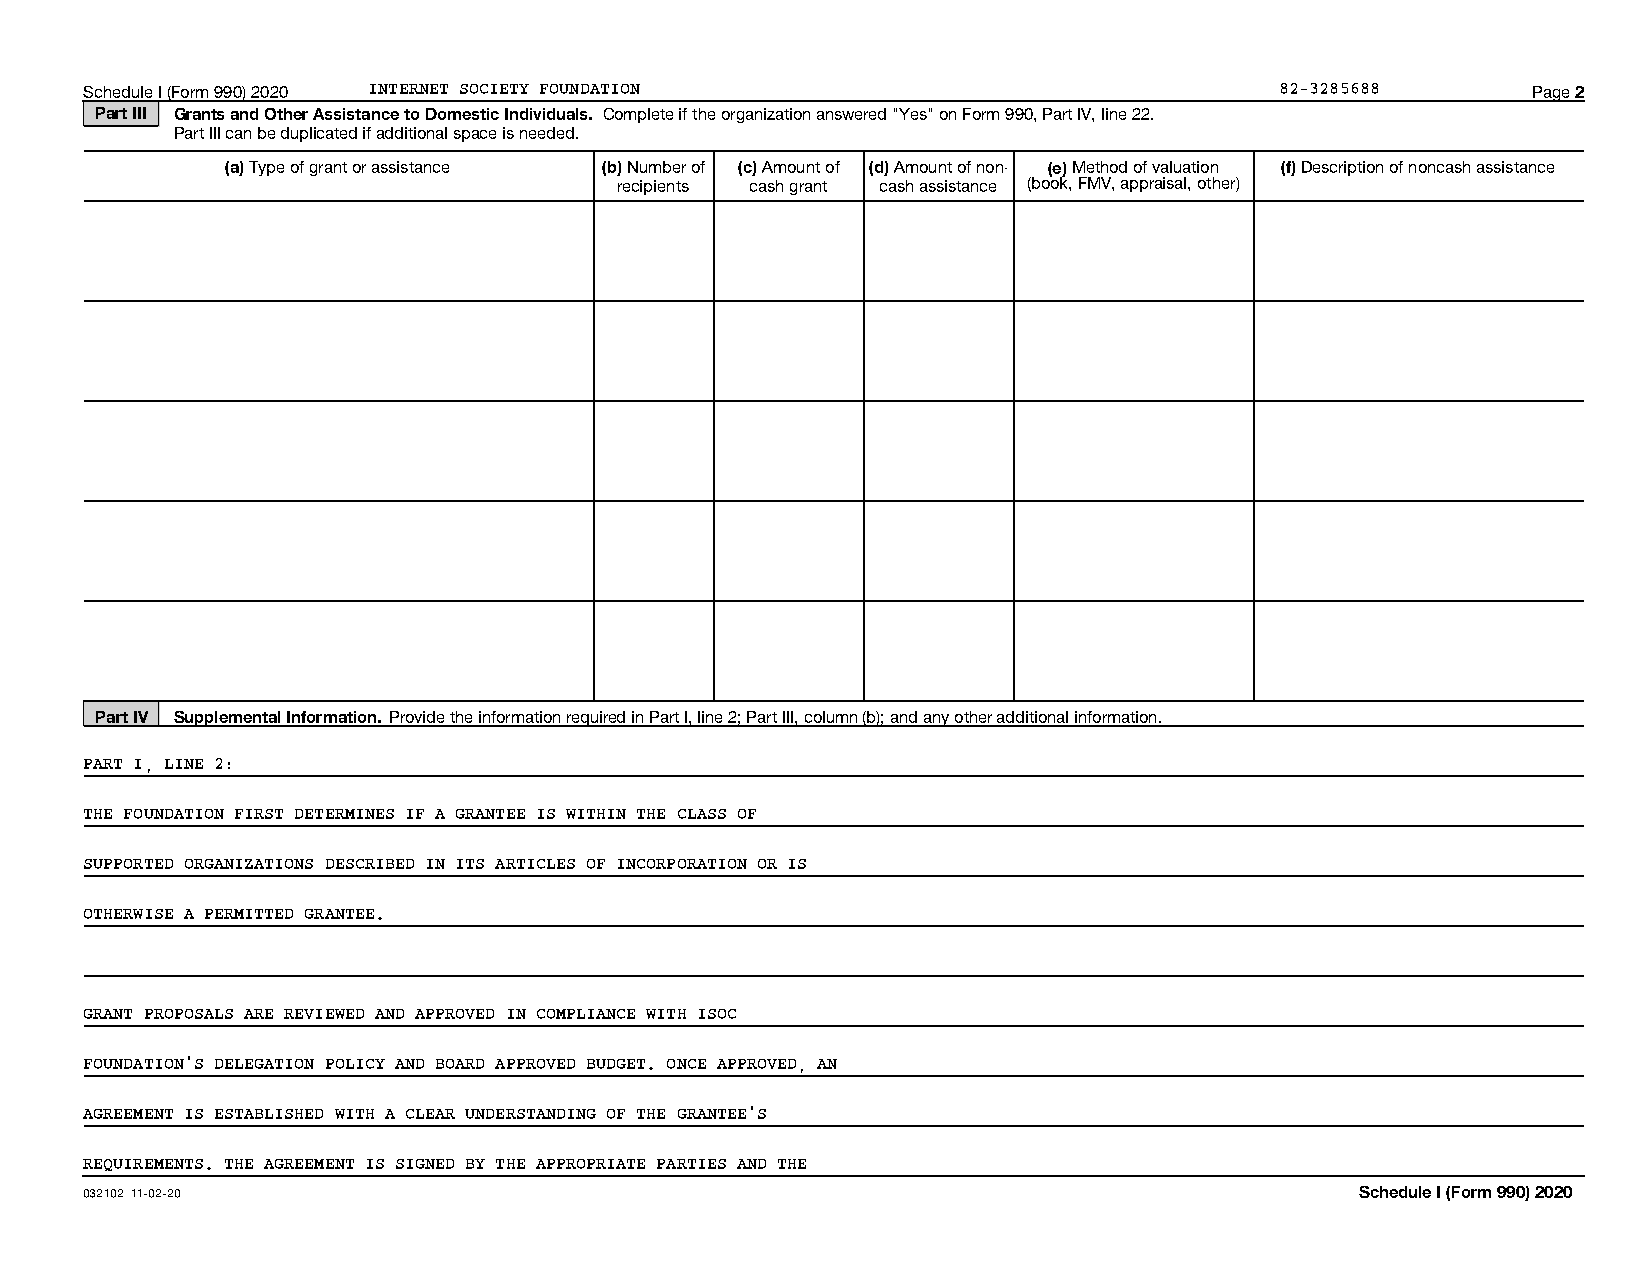
Schedule I (Form 990) 2020 INTERNET SOCIETY FOUNDATION                         82-3285688      Page 2
 Part III Grants and Other Assistance to Domestic Individuals. Complete if the organization answered "Yes" on Form 990, Part IV, line 22.
 Part III can be duplicated if additional space is needed.
 (a) Type of grant or assistance (b) Number of (c) Amount of (d) Amount of non- (e) Method of valuation (f) Description of noncash assistance
 recipients cash grant cash assistance (book, FMV, appraisal, other)
 Part IV Supplemental Information. Provide the information required in Part I, line 2; Part III, column (b); and any other additional information.
 PART I, LINE 2:
 THE FOUNDATION FIRST DETERMINES IF A GRANTEE IS WITHIN THE CLASS OF
 SUPPORTED ORGANIZATIONS DESCRIBED IN ITS ARTICLES OF INCORPORATION OR IS
 OTHERWISE A PERMITTED GRANTEE.
 GRANT PROPOSALS ARE REVIEWED AND APPROVED IN COMPLIANCE WITH ISOC
 FOUNDATION'S DELEGATION POLICY AND BOARD APPROVED BUDGET. ONCE APPROVED, AN
 AGREEMENT IS ESTABLISHED WITH A CLEAR UNDERSTANDING OF THE GRANTEE'S
 REQUIREMENTS. THE AGREEMENT IS SIGNED BY THE APPROPRIATE PARTIES AND THE
 032102 11-02-20                                                                     Schedule I (Form 990) 2020